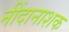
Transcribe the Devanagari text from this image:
नींदानाशक